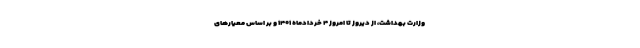
وزارت بهداشت، از دیروز تا امروز ۴ خردادماه ۱۴۰۱ و بر اساس معیارهای